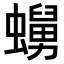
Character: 𧒺